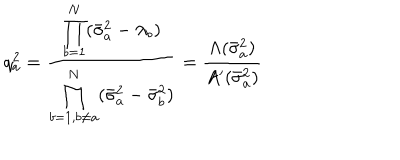
LaTeX: q _ { a } ^ { 2 } = \frac { \displaystyle \prod _ { b = 1 } ^ { N } ( \bar { \sigma } _ { a } ^ { 2 } - \lambda _ { b } ) } { \displaystyle \prod _ { b = 1 , b \neq a } ^ { N } ( \bar { \sigma } _ { a } ^ { 2 } - \bar { \sigma } _ { b } ^ { 2 } ) } = \frac { \Lambda ( \bar { \sigma } _ { a } ^ { 2 } ) } { A ^ { \prime } ( \bar { \sigma } _ { a } ^ { 2 } ) }